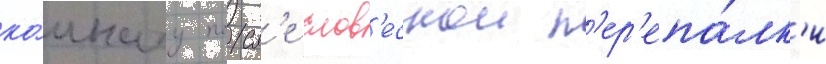
ко́мнату посл'е слов'еснои п'ер'епа́лк'и